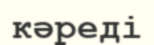
кәреді